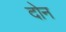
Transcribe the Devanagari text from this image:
दोेन